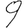
Digit: 9